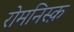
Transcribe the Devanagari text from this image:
रोमनिस्क़